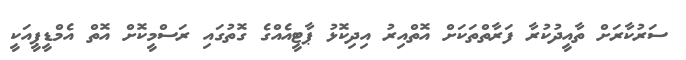
ސަރުކާރަށް ތާއީދުކުރާ ފަރާތްތަކަށް އޮތްއިރު އިދިކޮޅު ޕާޓީއެއްގެ ގޮތުގައި ރަސްމީކޮށް އޮތް އެމްޑީޕީއަކީ